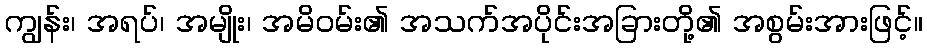
ကျွန်း၊ အရပ်၊ အမျိုး၊ အမိဝမ်း၏ အသက်အပိုင်းအခြားတို့၏ အစွမ်းအားဖြင့်။